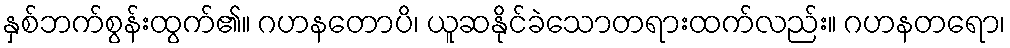
နှစ်ဘက်စွန်းထွက်၏။ ဂဟနတောပိ၊ ယူဆနိုင်ခဲသောတရားထက်လည်း။ ဂဟနတရော၊